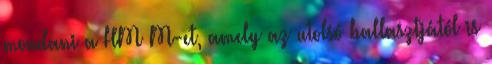
mondani a HM M-et, amely az utolsó ballasztjától is